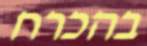
בהכרח